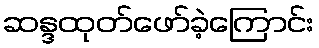
ဆန္ဒထုတ်ဖော်ခဲ့ကြောင်း